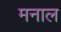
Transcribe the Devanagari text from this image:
मनाल